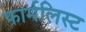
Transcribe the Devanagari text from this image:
फार्मलिस्ट